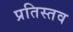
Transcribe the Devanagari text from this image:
प्रतिस्तव